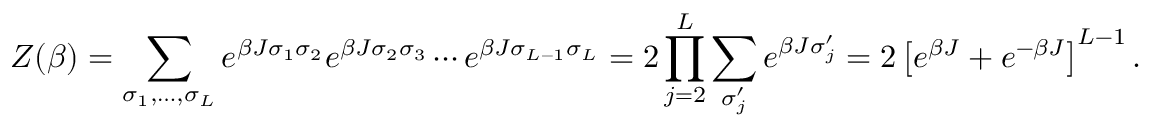
Z ( \beta ) = \sum _ { \sigma _ { 1 } , \ldots , \sigma _ { L } } e ^ { \beta J \sigma _ { 1 } \sigma _ { 2 } } e ^ { \beta J \sigma _ { 2 } \sigma _ { 3 } } \cdots e ^ { \beta J \sigma _ { L - 1 } \sigma _ { L } } = 2 \prod _ { j = 2 } ^ { L } \sum _ { \sigma _ { j } ^ { \prime } } e ^ { \beta J \sigma _ { j } ^ { \prime } } = 2 \left[ e ^ { \beta J } + e ^ { - \beta J } \right] ^ { L - 1 } .